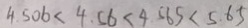
4 . 5 0 6 < 4 . 5 6 < 4 . 5 6 < 4 . 5 6 5 < 5 . 6 5